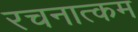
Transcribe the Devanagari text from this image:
रचनात्‍कम